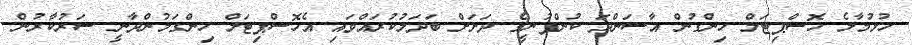
ހުޅުމާލެ ހޮސްޕިޓަލް ހިންގުން އާސަންދަ ކުންފުނީގެ ދަށަށް ބަދަލުކުރައްވައި އެހޮސްޕިޓަލް ހިންގަމުންދާނީ ސަރުކާރުން